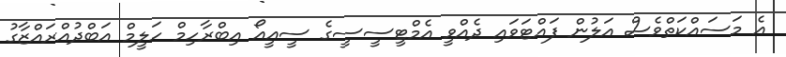
އެ މަސައްކަތްވެސް އަލުން ފައްޓަވައި ދެއްވީ އެމްްޓީސީސީގެ ސީއީއޯ އިބްރާހިމް ހަލީމް އަބްދުއްރައްޒާގު